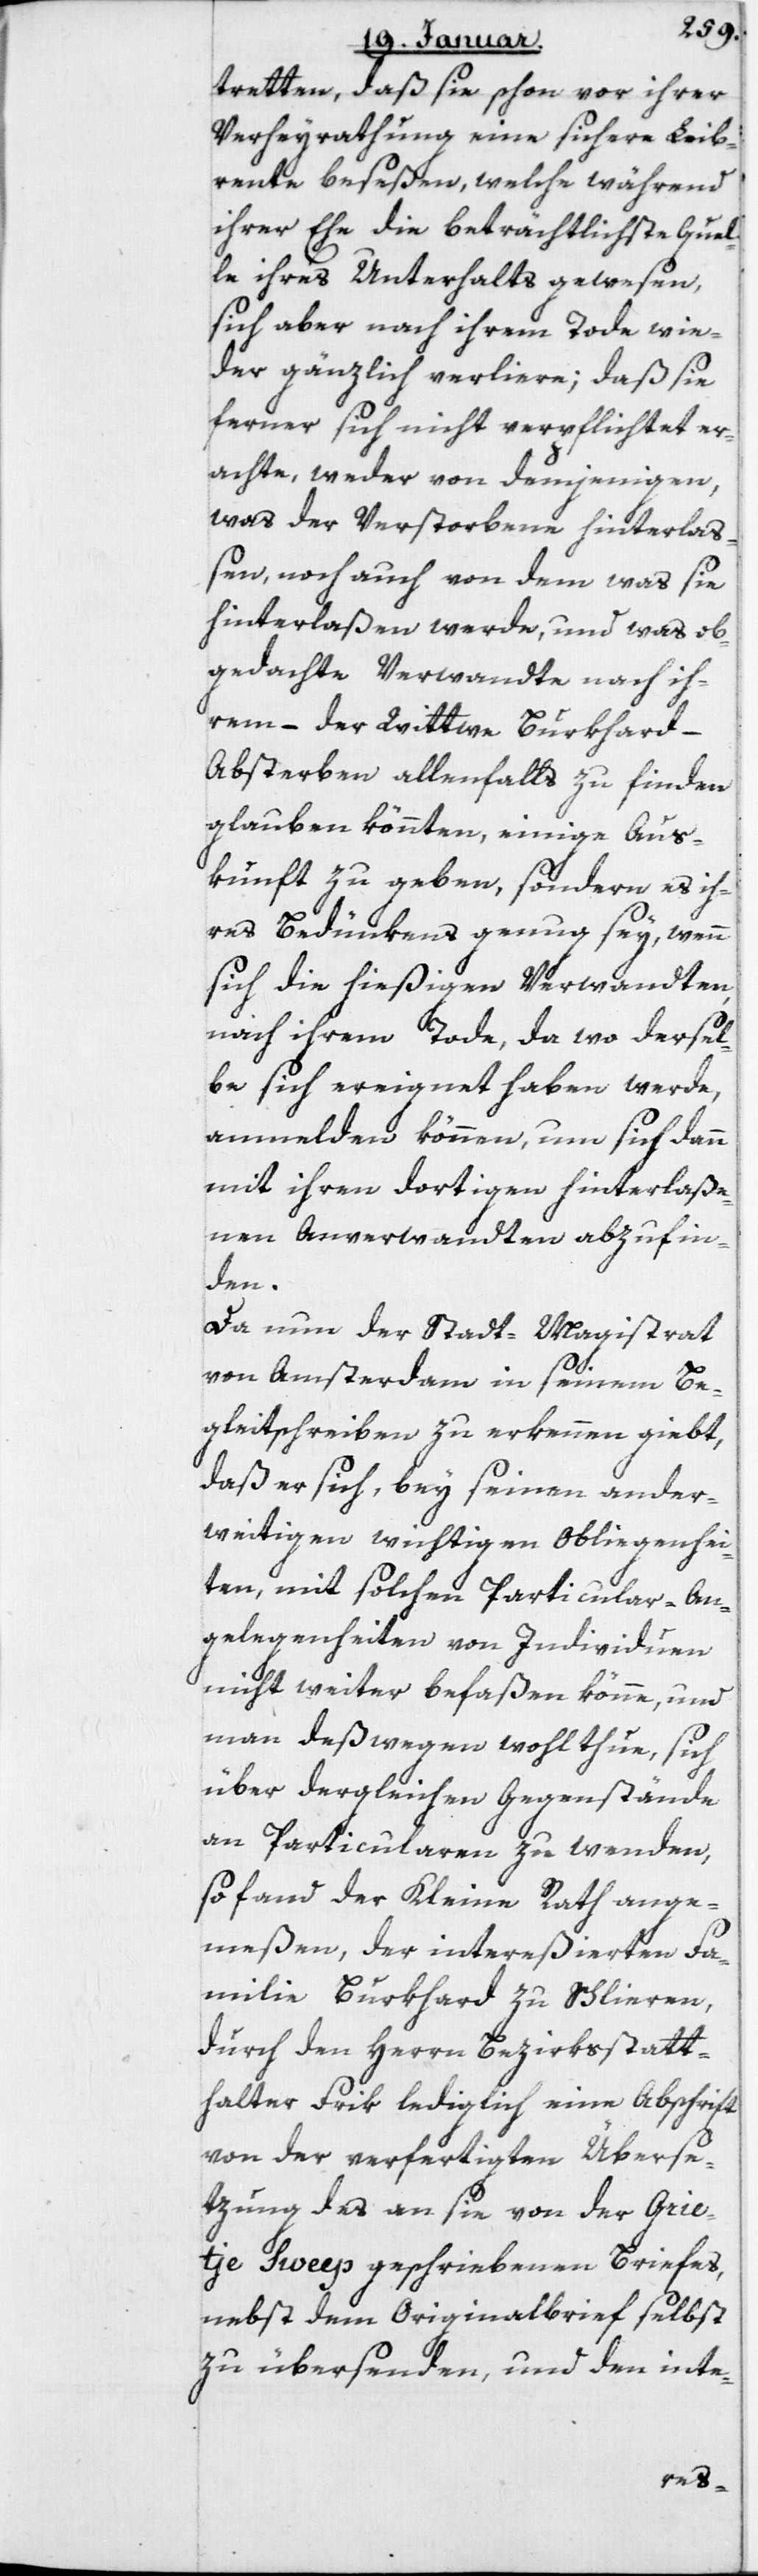
tretten, daß sie schon vor ihrer
Verheurathung eine sichere Leib¬
rente beseßen, welche während
ihrer Ehe die beträchtlichste Quel¬
le ihres Unterhalts gewesen,
sich aber nach ihrem Tode wie¬
der gänzlich verliere; daß sie
ferner sich nicht verpflichtet er¬
achte, weder von demjenigen,
was der Verstorbene hinterlaß¬
en, noch auch von dem was sie
hinterlaßen werde, und was ob¬
gedachte Verwandte nach ih¬
rem – der Wittwe Burkhard –
Absterben allenfalls zu finden
glauben könnten, einige Aus¬
kunft zu geben, sondern es ih¬
res Bedünkens genug sey, wenn
sich die hießigen Verwandten
nach ihrem Tode, da wo dersel¬
be sich ereignet haben werde,
anmelden können, um sich dann
mit ihren dortigen hinterlaße¬
nen Anverwandten abzufin¬
den.
Da nun der Stadtmagistrat
von Amsterdam in seinem Be¬
gleitschreiben zu erkennen giebt,
daß er sich, bey seinen ander¬
weitigen wichtigen Obliegenhei¬
ten, mit solchen Particular-An¬
gelegenheiten von Individuen
nicht weiter befaßen könne, und
man deßwegen wohl thue, sich
über dergleichen Gegenstände
an Particularen zu wenden,
so fand der Kleine Rath ange¬
meßen, der intereßierten Fa¬
milie Burkhard zu Schlieren,
durch den Herrn Bezirksstatt¬
halter Frik lediglich eine Abschrift
von der verfertigten Überse¬
tzung des an sie von der Grie¬
tje Sweep geschriebenen Briefes,
nebst dem Originalbrief selbst
zu übersenden, und den inte-